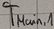
Text: TMain,1